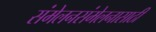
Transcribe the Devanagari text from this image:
संमेलनसंमेलनासाठी